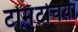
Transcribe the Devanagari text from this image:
टोमॅटोचय़ा